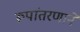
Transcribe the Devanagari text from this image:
रूपांतरणाने